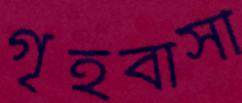
গৃহবাসী